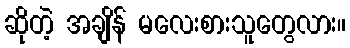
ဆိုတဲ့ အချိန် မလေးစားသူတွေလား။